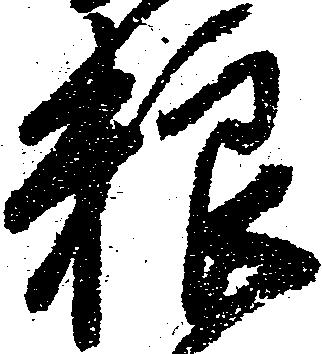
粮